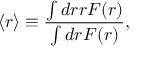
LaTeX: \langle r \rangle \equiv { \frac { \int d r r F ( r ) } { \int d r F ( r ) } } ,